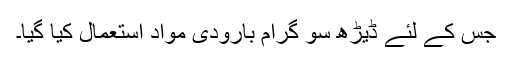
جس کے لئے ڈیڑھ سو گرام بارودی مواد استعمال کیا گیا۔